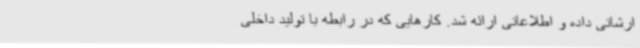
ارشاتی داده و اطلاعاتی ارائه شد. کارهایی که در رابطه با تولید داخلی